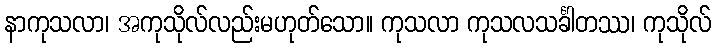
နာကုသလာ၊ အကုသိုလ်လည်းမဟုတ်သော။ ကုသလာ ကုသလသင်္ခါတဿ၊ ကုသိုလ်